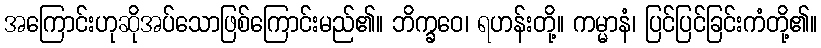
အကြောင်းဟုဆိုအပ်သောဖြစ်ကြောင်းမည်၏။ ဘိက္ခဝေ၊ ရဟန်းတို့။ ကမ္မာနံ၊ ပြင်ပြင်ခြင်းကံတို့၏။